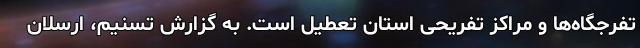
تفرجگاه‌ها و مراکز تفریحی استان تعطیل است. به گزارش تسنیم، ارسلان